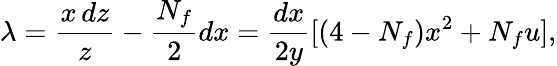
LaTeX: \lambda=\frac{x\, dz}{z}-\frac{N_{f}}{2}dx=\frac{dx}{2y}[(4-N_{f})x^{2}+N_{f}u],